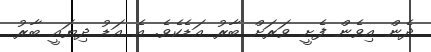
ދެން އިވެން ފެށީ ވަރަށް ބާރު އަޑެކެވެ. އެ އަޑު ދިޔައީ ބާރު